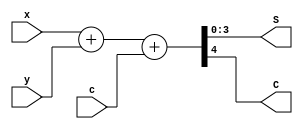
/****************************************
* Title   : ripple_carry_addder.v
* Purpose : Add four-bit binary numbers with 
*****************************************/

`timescale 1ns/1ps

module ripple_carry_adder ( output [3:0] S,
							output C,
							input [3:0] x, y,
							input c);

	assign {C, S} = x + y + c;

endmodule